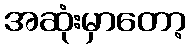
အဆုံးမှာတော့